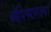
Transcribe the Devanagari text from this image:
ऑपेऱ्यातल्या